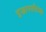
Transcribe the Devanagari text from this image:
वृद्धापर्यंतच्या